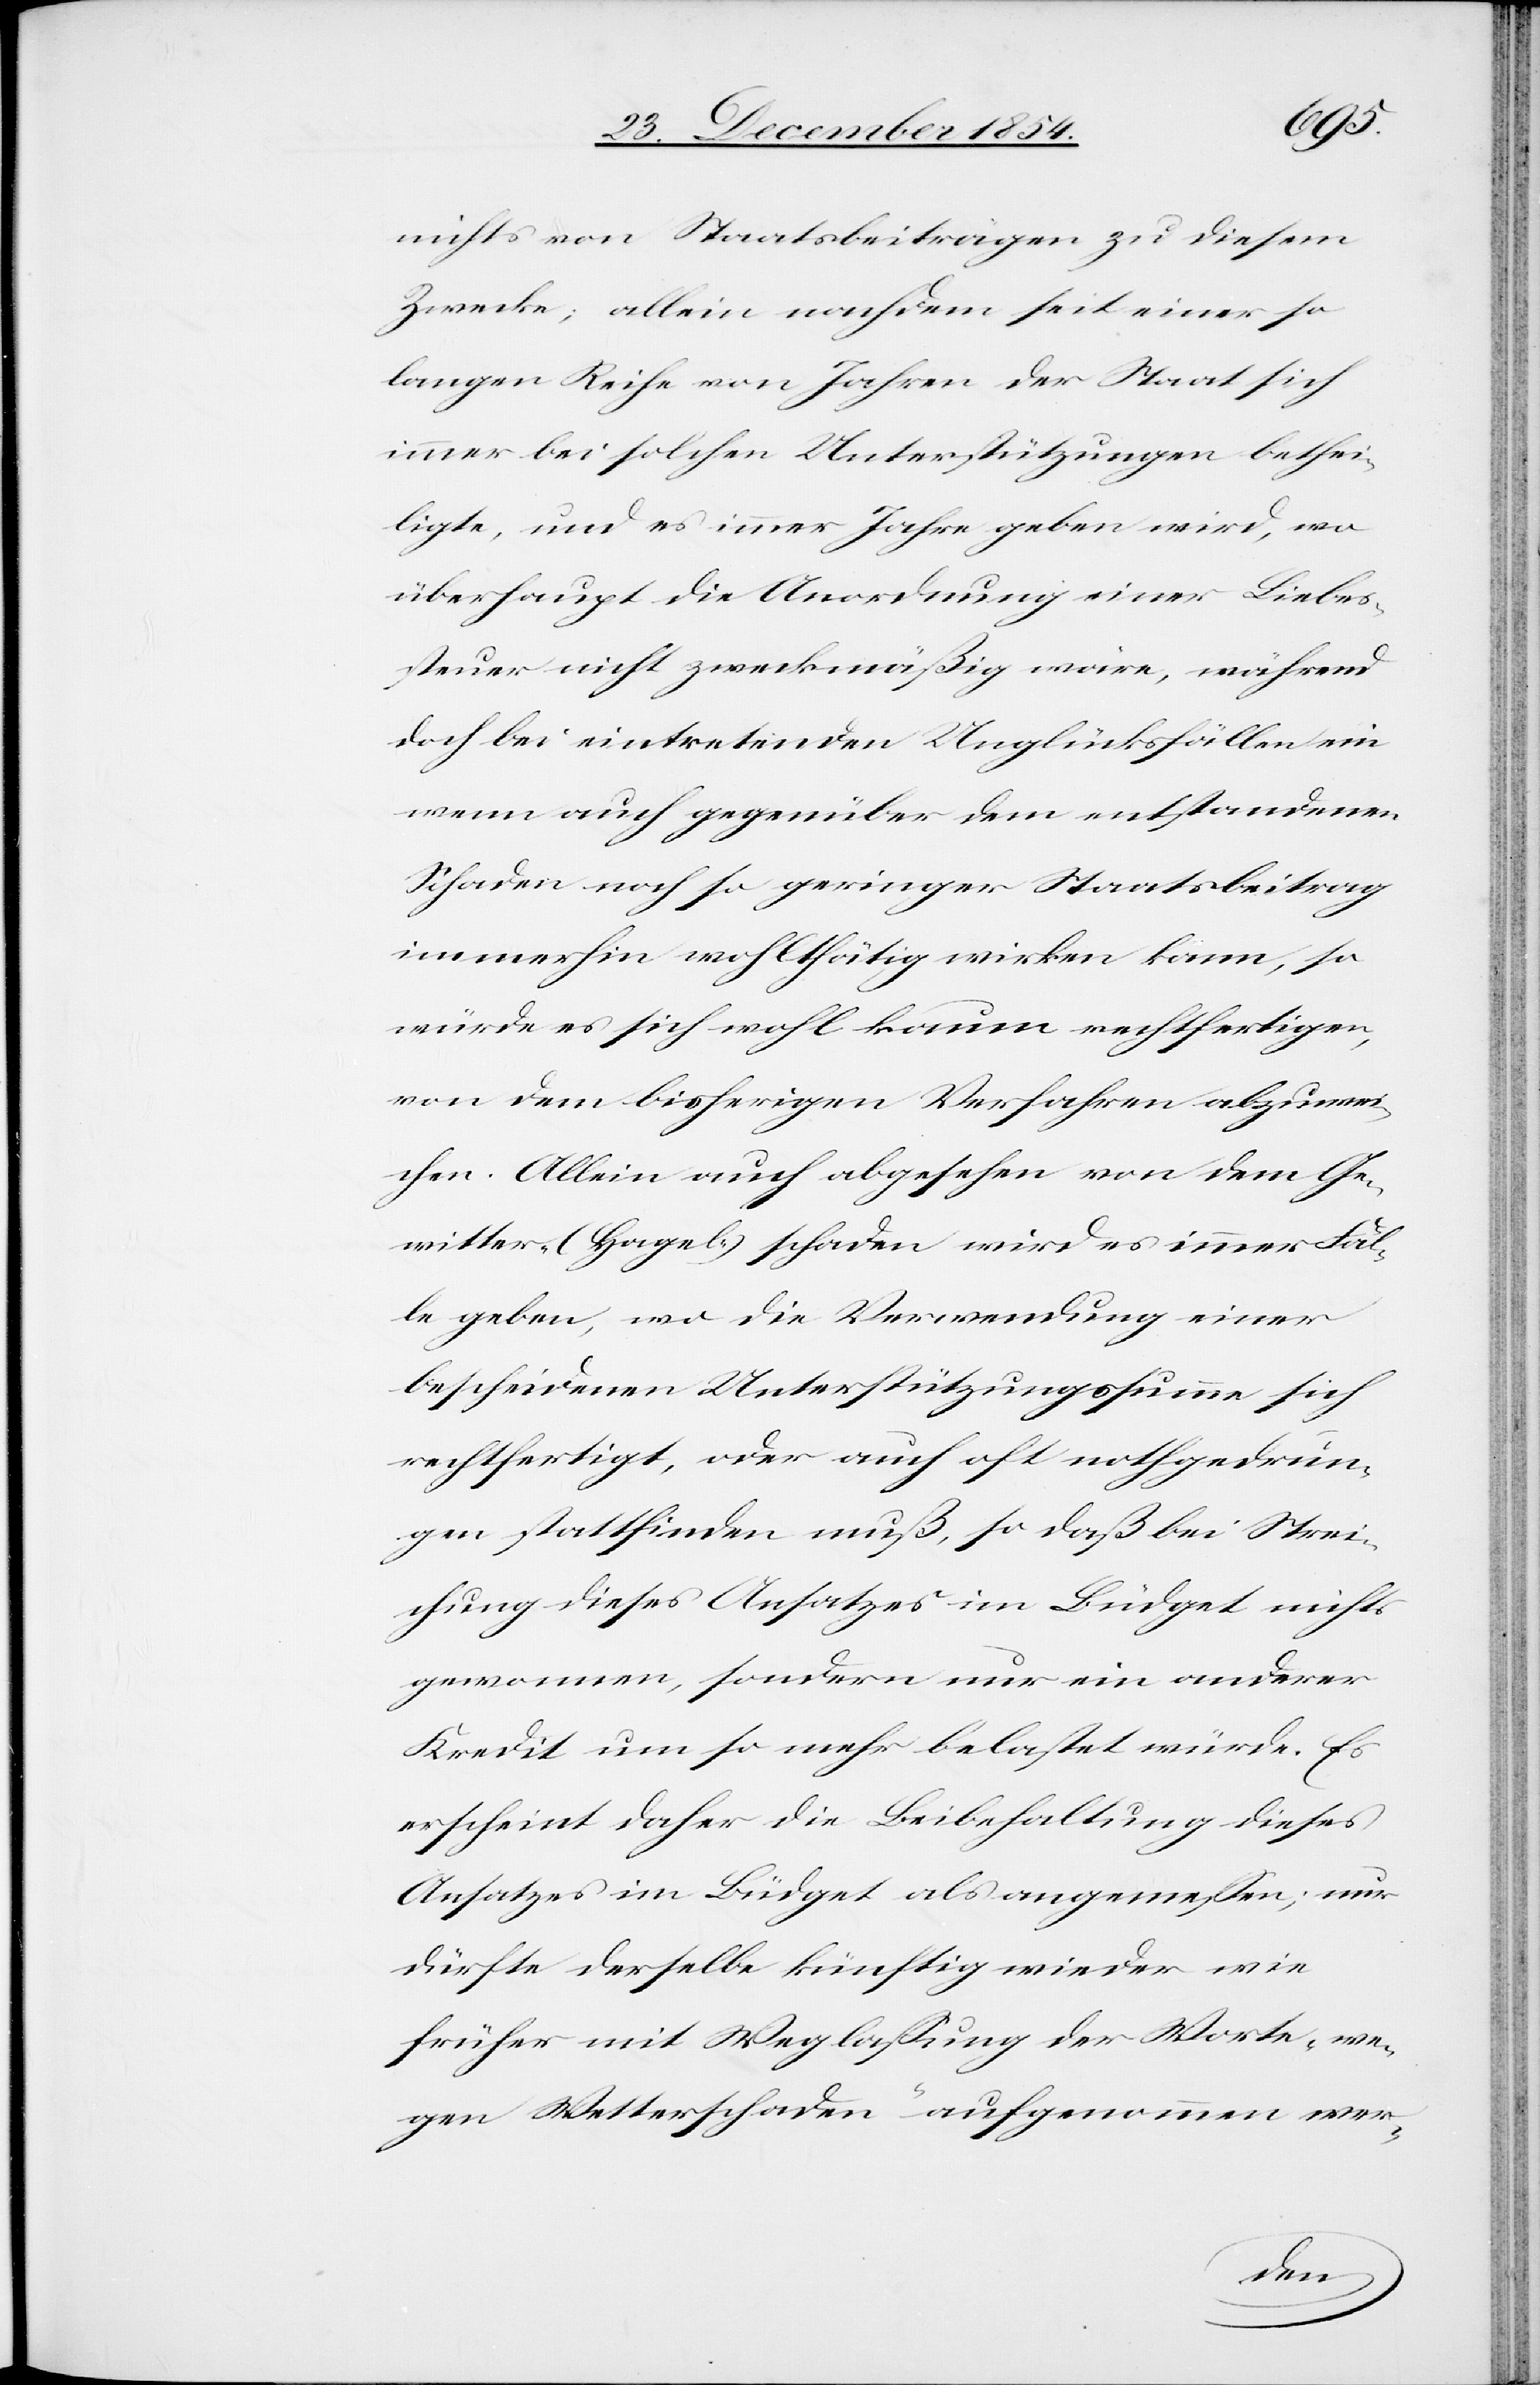
nichts von Staatsbeiträgen zu diesem
Zwecke; allein nachdem seit einer so
langen Reihe von Jahren der Staat sich
immer bei solchen Unterstützungen bethei¬
ligte, und es immer Jahre geben wird, wo
überhaupt die Anordnung einer Liebes¬
steuer nicht zweckmäßig wäre, während
doch bei eintretenden Unglücksfällen ein
wenn auch gegenüber dem entstandenen
Schaden noch so geringer Staatsbeitrag
immerhin wohlthätig wirken kann, so
würde es sich wohl kaum rechtfertigen,
von dem bisherigen Verfahren abzuwei¬
chen. Allein auch abgesehen von dem Ge¬
witter-(Hagel-)schaden wird es immer Fäl¬
le geben, wo die Verwendung einer
bescheidenen Unterstützungssumme sich
rechtfertigt, oder auch oft nothgedrun¬
gen stattfinden muß, so daß bei Strei¬
chung dieses Ansatzes im Büdget nichts
gewonnen, sondern nur ein anderer
Kredit um so mehr belastet würde. Es
erscheint daher die Beibehaltung dieses
Ansatzes im Büdget als angemeßen; nur
dürfte derselbe künftig wieder wie
früher mit Weglaßung der Worte „we¬
gen Wetterschaden“ aufgenommen wer-